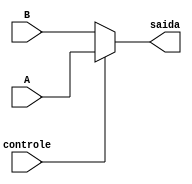
module mux2(
	input controle,
	input A,B,
	output  reg saida

);
	
	
	
always@(*)begin

	if(controle)
		saida = A;
    else 
		saida = B;

 end



endmodule